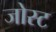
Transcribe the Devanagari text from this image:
जोस्ट